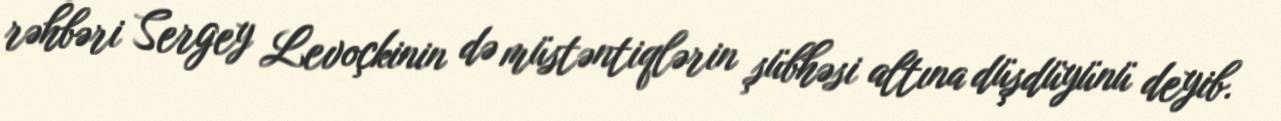
rəhbəri Sergey Levoçkinin də müstəntiqlərin şübhəsi altına düşdüyünü deyib.